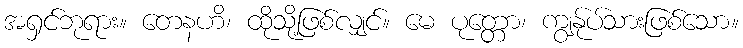
အရှင်ဘုရား။ တေနဟိ၊ ထိုသို့ဖြစ်လျှင်။ မေ ပုတ္တော၊ ကျွန်ုပ်သားဖြစ်သော။